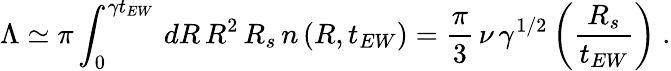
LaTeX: \Lambda\simeq\pi\int_{0}^{\gamma t_{EW}}\, dR\, R^{2}\, R_{s}\, n\left(R,t_{EW}\right)=\frac{\pi}{3}\, \nu\, \gamma^{1/2}\left(\frac{R_{s}}{t_{EW}}\right)\ .